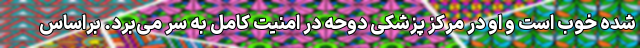
شده خوب است و او در مرکز پزشکی دوحه در امنیت کامل به سر می‌برد. براساس